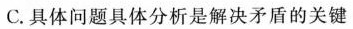
C.具体问题具体分析是解决矛盾的关键